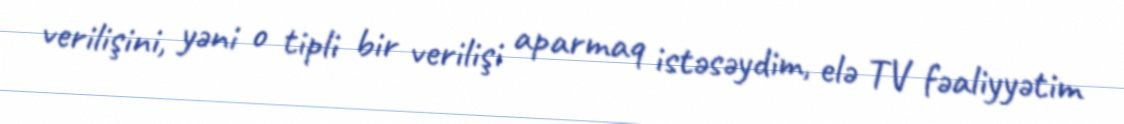
verilişini, yəni o tipli bir verilişi aparmaq istəsəydim, elə TV fəaliyyətim